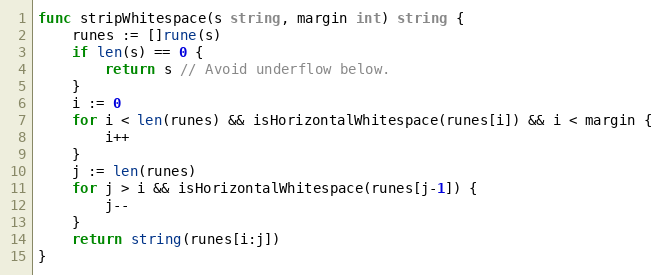
Language: Go
func stripWhitespace(s string, margin int) string {
	runes := []rune(s)
	if len(s) == 0 {
		return s // Avoid underflow below.
	}
	i := 0
	for i < len(runes) && isHorizontalWhitespace(runes[i]) && i < margin {
		i++
	}
	j := len(runes)
	for j > i && isHorizontalWhitespace(runes[j-1]) {
		j--
	}
	return string(runes[i:j])
}